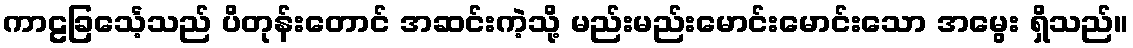
ကာဠခြင်္သေ့သည် ပိတုန်းတောင် အဆင်းကဲ့သို့ မည်းမည်းမောင်းမောင်းသော အမွေး ရှိသည်။